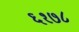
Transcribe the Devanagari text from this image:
६१७८